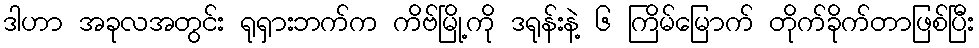
ဒါဟာ အခုလအတွင်း ရုရှားဘက်က ကိဗ်မြို့ကို ဒရုန်းနဲ့ ၆ ကြိမ်မြောက် တိုက်ခိုက်တာဖြစ်ပြီး